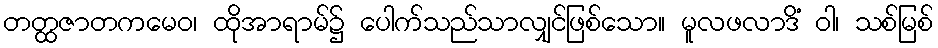
တတ္ထဇာတကမေဝ၊ ထိုအာရာမ်၌ ပေါက်သည်သာလျှင်ဖြစ်သော။ မူလဖလာဒိံ ဝါ၊ သစ်မြစ်